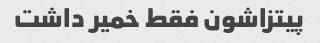
پیتزاشون فقط خمیر داشت